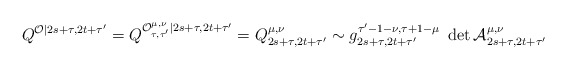
\begin{align*}Q^{\mathcal{O}|2s+\tau ,2t+\tau ^{\prime }}=Q^{\mathcal{O}_{\tau ,\tau^{\prime }}^{\mu ,\nu }|2s+\tau ,2t+\tau ^{\prime }}=Q_{2s+\tau ,2t+\tau^{\prime }}^{\mu ,\nu }\sim g_{2s+\tau ,2t+\tau ^{\prime }}^{\tau ^{\prime}-1-\nu ,\tau +1-\mu }\,\,\det \mathcal{A}_{2s+\tau ,2t+\tau ^{\prime}}^{\mu ,\nu }\,\,\end{align*}